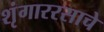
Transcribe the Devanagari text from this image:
शृंगाररसाचे